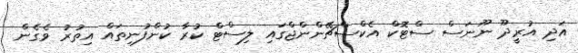
އަދި އުރީދޫ ނޫނަސް ސްޓޮކް އެކްސްޗޭންންޖްގައި ލިސްޓް ކުރާ ކުންފުނިތައް އިތުރު ވެގެން